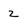
Character: 2